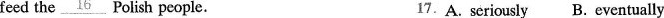
feed the\underline{15} Polish people. 17.A. seriously B. eventually